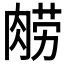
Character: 𰮮